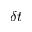
\delta t